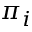
\pi _ { i }